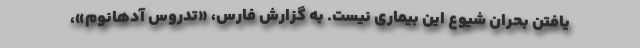
یافتن بحران شیوع این بیماری نیست. به گزارش فارس، «تدروس آدهانوم»،